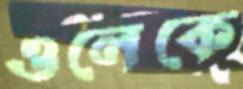
ওলেকে